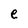
Character: e